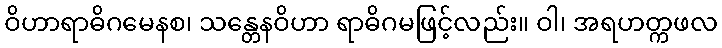
ဝိဟာရာဓိဂမေနစ၊ သန္တေနဝိဟာ ရာဓိဂမဖြင့်လည်း။ ဝါ၊ အရဟတ္ကဖလ